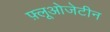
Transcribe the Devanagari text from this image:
फ़्लूओजेटीन